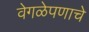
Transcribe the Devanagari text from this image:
वेगळेपणाचे